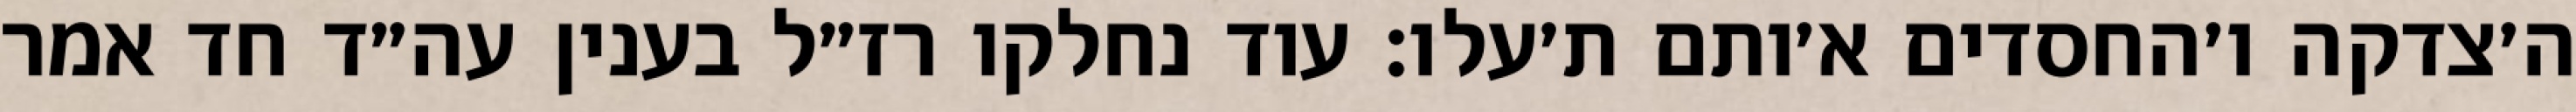
ה׳צדקה ו׳החסדים א׳ותם ת׳עלו: עוד נחלקו רז״ל בענין עה״ד חד אמר